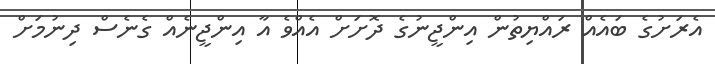
އެރަށުގެ ބައެއް ރައްޔިތުން އިންޖީނުގެ ދޮށަށް އެއްވެ އާ އިންޖީނެއް ގެނެސް ދިނުމަށް